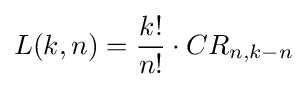
L(k,n)={\frac {k!}{n!}}\cdot CR_{n,k-n}